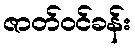
ဇာတ်ဝင်ခန်း